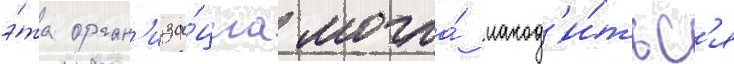
э́та орган'иза́циа могла́ наход'и́тьс'я